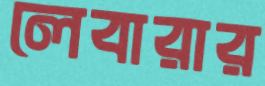
লেবারার